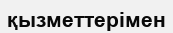
қызметтерімен